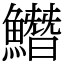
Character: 𩻛